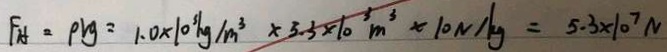
F _ { H } = p v g = 1 . 0 \times 1 0 ^ { 3 } k g / m ^ { 3 } \times 3 . 3 \times 1 0 ^ { 3 } m ^ { 3 } \times 1 0 N / k g = 5 . 3 \times 1 0 ^ { 7 } N